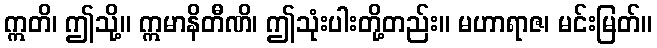
ဣတိ၊ ဤသို့။ ဣမာနိတီဏိ၊ ဤသုံးပါးတို့တည်း။ မဟာရာဇ၊ မင်းမြတ်။